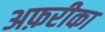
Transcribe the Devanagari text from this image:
अफ़रीका